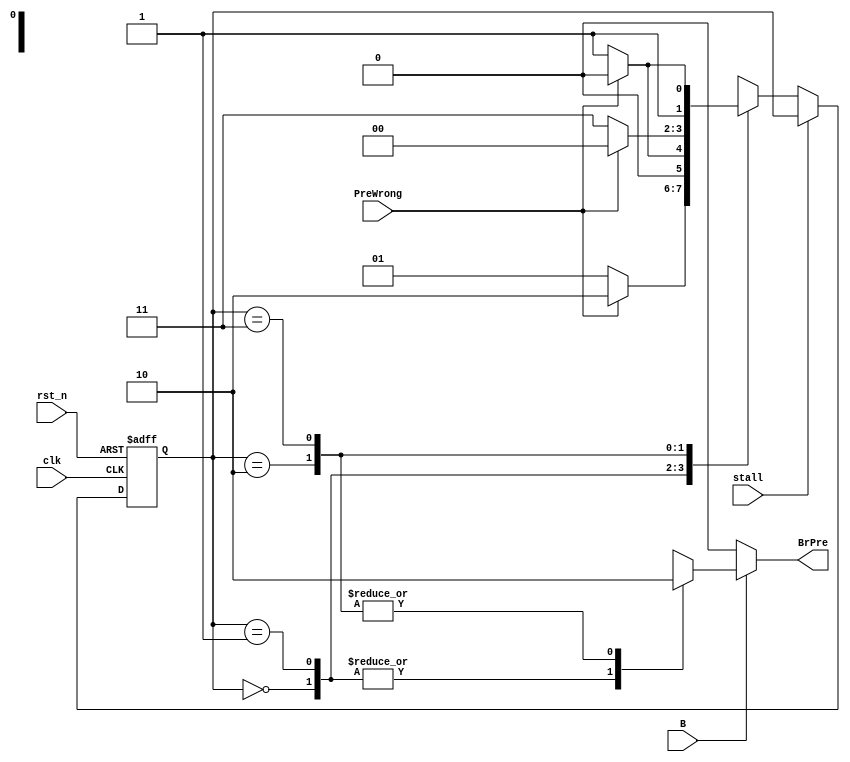
//============ Breanch Predict Unit ============
module BPU(
    clk,
    rst_n,
    B,
    stall,
    PreWrong,
    BrPre
);
//==== I/O Definition ===========================
    input   clk;
    input   rst_n;
    input   B;        //which will be set to 1 if the inst. in IF stage is a branch
    input   stall;    //stall signal from cache or hazard detection unit
    input   PreWrong; //miss prediction signal sent from the comparator
    output  BrPre;   // 1/0 stands for a positive/negative prediction on branching  

//==== FSM ======================================
    parameter   WEAK_TAKE       = 2'b00;
    parameter   STRONG_TAKE     = 2'b01;    
    parameter   WEAK_NOT_TAKE   = 2'b10;  
    parameter   STRONG_NOT_TAKE = 2'b11;

    reg [1:0]   state, nxt_state;
    reg         prdict, BrPre;

    always@(*) begin
        case(state)
            WEAK_TAKE:  begin
                prdict = 1'b1;
                if(PreWrong)    nxt_state = WEAK_NOT_TAKE;
                else            nxt_state = STRONG_TAKE; 
            end
            STRONG_TAKE: begin
                prdict = 1'b1;
                if(PreWrong)    nxt_state = WEAK_TAKE;
                else            nxt_state = STRONG_TAKE; 
            end
            WEAK_NOT_TAKE: begin
                prdict = 1'b0;
                if(PreWrong)    nxt_state = WEAK_TAKE;
                else            nxt_state = STRONG_NOT_TAKE; 
            end
            STRONG_NOT_TAKE: begin
                prdict = 1'b0;
                if(PreWrong)    nxt_state = WEAK_NOT_TAKE;
                else            nxt_state = STRONG_NOT_TAKE; 
            end
        endcase
    end

    always@(*) begin
        if(B) BrPre = prdict;
        else  BrPre = 1'b0;
    end


    always@(posedge clk or negedge rst_n) begin
        if(~rst_n) begin
            state <= WEAK_TAKE;
        end
        else begin
            if(stall) state <= state;
            else      state <= nxt_state;
        end
    end
endmodule